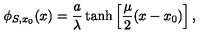
\phi _ { S , x _ { 0 } } ( x ) = \frac { a } { \lambda } \tanh \left[ \frac { \mu } { 2 } ( x - x _ { 0 } ) \right] ,